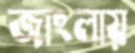
জাংলায়